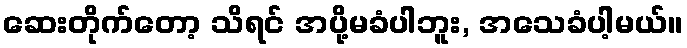
ဆေးတိုက်တော့ သိရင် အပို့မခံပါဘူး, အသေခံပါ့မယ်။